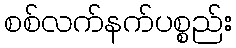
စစ်လက်နက်ပစ္စည်း